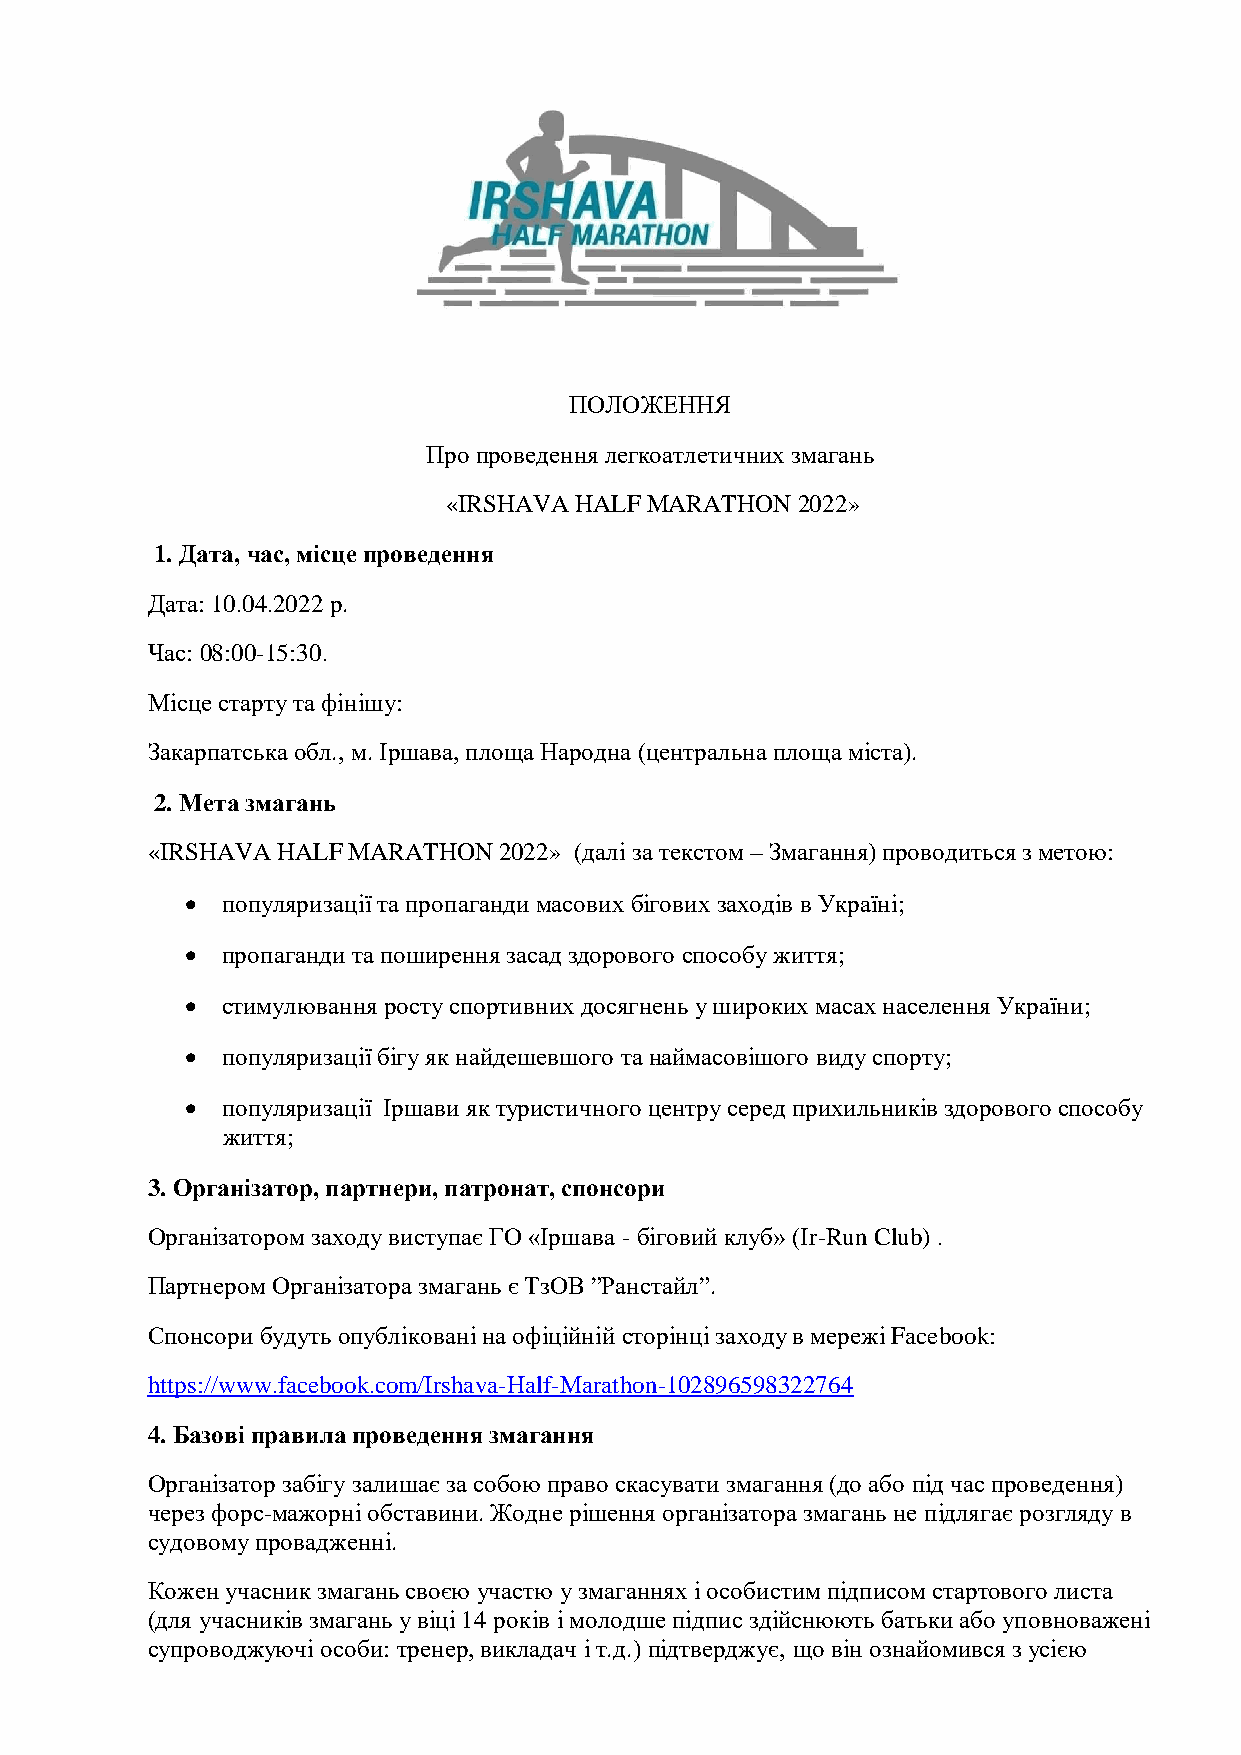
ПОЛОЖЕННЯ
 Про проведення легкоатлетичних змагань
 «IRSHAVA HALF MARATHON 2022»
 1. Дата, час, місце проведення
 Дата: 10.04.2022 р.
 Час: 08:00-15:30.
 Місце старту та фінішу:
 Закарпатська обл., м. Іршава, площа Народна (центральна площа міста).
 2. Мета змагань
 «IRSHAVA HALF MARATHON 2022» (далі за текстом – Змагання) проводиться з метою:
   популяризації та пропаганди масових бігових заходів в Україні;
   пропаганди та поширення засад здорового способу життя;
   стимулювання росту спортивних досягнень у широких масах населення України;
   популяризації бігу як найдешевшого та наймасовішого виду спорту;
   популяризації Іршави як туристичного центру серед прихильників здорового способу
 життя;
 3. Організатор, партнери, патронат, спонсори
 Організатором заходу виступає ГО «Іршава - біговий клуб» (Ir-Run Club) .
 Партнером Організатора змагань є ТзОВ ”Ранстайл”.
 Спонсори будуть опубліковані на офіційній сторінці заходу в мережі Facebook:
 https://www.facebook.com/Irshava-Half-Marathon-102896598322764
 4. Базові правила проведення змагання
 Організатор забігу залишає за собою право скасувати змагання (до або під час проведення)
 через форс-мажорні обставини. Жодне рішення організатора змагань не підлягає розгляду в
 судовому провадженні.
 Кожен учасник змагань своєю участю у змаганнях і особистим підписом стартового листа
 (для учасників змагань у віці 14 років і молодше підпис здійснюють батьки або уповноважені
 супроводжуючі особи: тренер, викладач і т.д.) підтверджує, що він ознайомився з усією